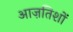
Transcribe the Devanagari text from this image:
आज़तिशों